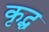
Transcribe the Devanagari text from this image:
कृद्ध